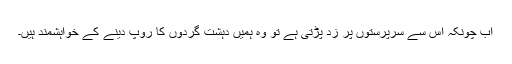
اب چونکہ اس سے سرپرستوں پر زد پڑتی ہے تو وہ ہمیں دہشت گردوں کا روپ دینے کے خواہشمند ہیں۔